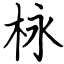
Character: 栐